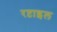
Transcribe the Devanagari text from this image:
रप्टाइल